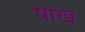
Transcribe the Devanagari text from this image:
षोख